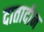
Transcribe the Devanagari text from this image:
दातादीन